Problem: 76 + 31 = ?
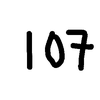
Handwritten answer: 107